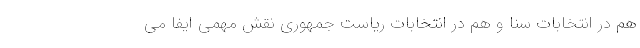
هم در انتخابات سنا و هم در انتخابات ریاست جمهوری نقش مهمی ایفا می